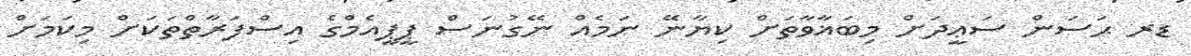
ޑރ ޙަސަން ސަޢީދަށް މިބަޣާވާތަށް ކިޔާނޭ ނަމެއް ނޭގުނަސް ޕީޕީއެމްގެ އިސްފަރާތްތަކަށް މިކަމަށް